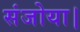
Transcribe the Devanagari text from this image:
संजोया।